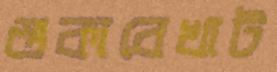
শুকাবেখাট